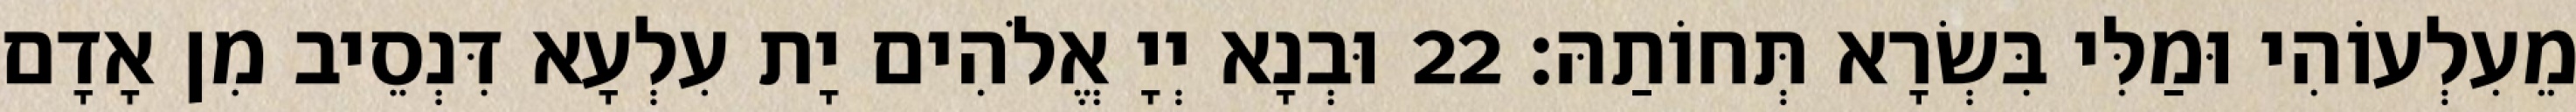
מֵעִלְעוֹהִי וּמַלִּי בִּשְׂרָא תְּחוֹתַהּ׃ 22 וּבְנָא יְיָ אֱלֹהִים יָת עִלְעָא דִּנְסֵיב מִן אָדָם